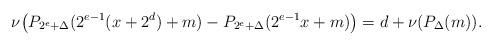
LaTeX: \begin{align*}\nu\bigl(P_{2^e+\Delta}(2^{e-1}(x+2^d)+m)-P_{2^e+\Delta}(2^{e -1}x+m)\bigr)=d+\nu(P_\Delta(m)).\end{align*}